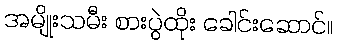
အမျိုးသမီး စားပွဲထိုး ခေါင်းဆောင်။